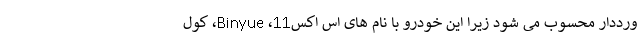
ورددار محسوب می شود زیرا این خودرو با نام های اس اکس11، Binyue، کول